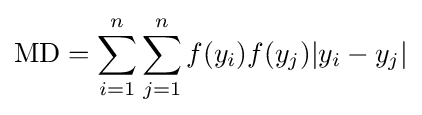
\mathrm {MD} =\sum _{i=1}^{n}\sum _{j=1}^{n}f(y_{i})f(y_{j})|y_{i}-y_{j}|